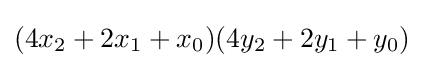
(4x_{2}+2x_{1}+x_{0})(4y_{2}+2y_{1}+y_{0})